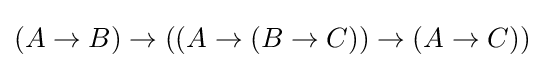
(A\to B)\to ((A\to (B\to C))\to (A\to C))